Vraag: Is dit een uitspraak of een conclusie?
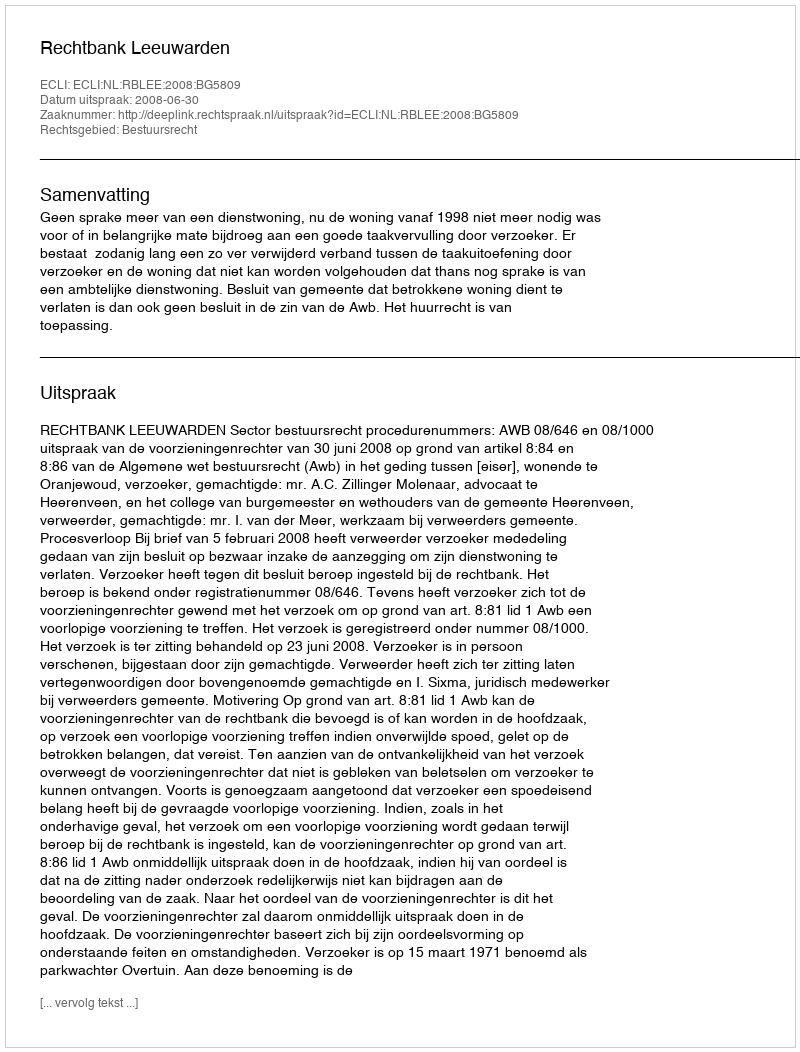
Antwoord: Uitspraak